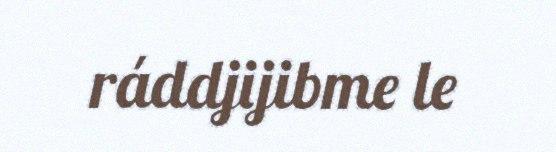
ráddjijibme le